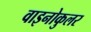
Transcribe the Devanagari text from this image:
वाइनोकुलर